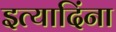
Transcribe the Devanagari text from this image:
इत्यादिंना